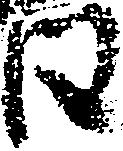
日